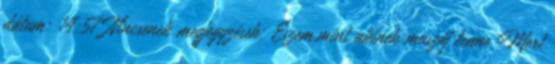
dátum: 14:57 Nincsenek megjegyzések: Eszem,mint akinek muszáj lenne Mert